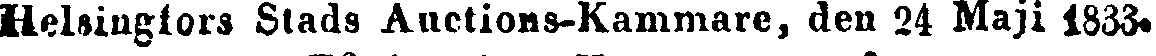
Helsingfors Stads Auctions-Kammare, den 24 Maji 1833.